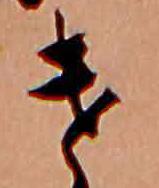
け